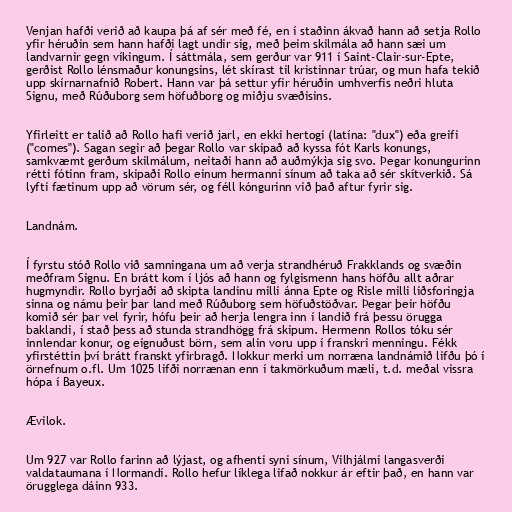
Venjan hafði verið að kaupa þá af sér með fé, en í staðinn ákvað hann að setja Rollo
yfir héruðin sem hann hafði lagt undir sig, með þeim skilmála að hann sæi um
landvarnir gegn víkingum. Í sáttmála, sem gerður var 911 í Saint-Clair-sur-Epte,
gerðist Rollo lénsmaður konungsins, lét skírast til kristinnar trúar, og mun hafa tekið
upp skírnarnafnið Robert. Hann var þá settur yfir héruðin umhverfis neðri hluta
Signu, með Rúðuborg sem höfuðborg og miðju svæðisins.

Yfirleitt er talið að Rollo hafi verið jarl, en ekki hertogi (latína: "dux") eða greifi
("comes"). Sagan segir að þegar Rollo var skipað að kyssa fót Karls konungs,
samkvæmt gerðum skilmálum, neitaði hann að auðmýkja sig svo. Þegar konungurinn
rétti fótinn fram, skipaði Rollo einum hermanni sínum að taka að sér skítverkið. Sá
lyfti fætinum upp að vörum sér, og féll kóngurinn við það aftur fyrir sig.

Landnám.

Í fyrstu stóð Rollo við samningana um að verja strandhéruð Frakklands og svæðin
meðfram Signu. En brátt kom í ljós að hann og fylgismenn hans höfðu allt aðrar
hugmyndir. Rollo byrjaði að skipta landinu milli ánna Epte og Risle milli liðsforingja
sinna og námu þeir þar land með Rúðuborg sem höfuðstöðvar. Þegar þeir höfðu
komið sér þar vel fyrir, hófu þeir að herja lengra inn í landið frá þessu örugga
baklandi, í stað þess að stunda strandhögg frá skipum. Hermenn Rollos tóku sér
innlendar konur, og eignuðust börn, sem alin voru upp í franskri menningu. Fékk
yfirstéttin því brátt franskt yfirbragð. Nokkur merki um norræna landnámið lifðu þó í
örnefnum o.fl. Um 1025 lifði norrænan enn í takmörkuðum mæli, t.d. meðal vissra
hópa í Bayeux.

Ævilok.

Um 927 var Rollo farinn að lýjast, og afhenti syni sínum, Vilhjálmi langasverði
valdataumana í Normandí. Rollo hefur líklega lifað nokkur ár eftir það, en hann var
örugglega dáinn 933.